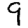
Digit: 9